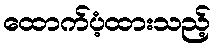
ထောက်ပံ့ထားသည့်